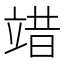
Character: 䇎